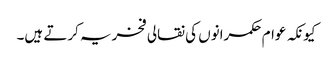
کیونکہ عوام حکمرانوں کی نقالی فخریہ کرتے ہیں۔